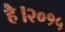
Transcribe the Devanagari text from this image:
है।२०१५